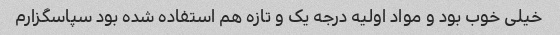
خیلی خوب بود و مواد اولیه درجه یک و تازه هم استفاده شده بود سپاسگزارم